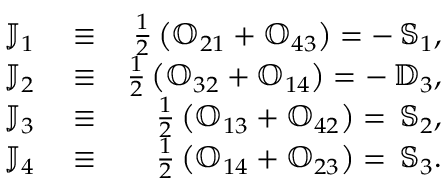
\begin{array} { r l r } { { \mathbb J } _ { 1 } } & { { } \equiv } & { \frac { 1 } { 2 } \left( { \mathbb O } _ { 2 1 } + { \mathbb O } _ { 4 3 } \right) = - \, { \mathbb S } _ { 1 } , } \\ { { \mathbb J } _ { 2 } } & { { } \equiv } & { \frac { 1 } { 2 } \left( { \mathbb O } _ { 3 2 } + { \mathbb O } _ { 1 4 } \right) = - \, { \mathbb D } _ { 3 } , } \\ { { \mathbb J } _ { 3 } } & { { } \equiv } & { \frac { 1 } { 2 } \left( { \mathbb O } _ { 1 3 } + { \mathbb O } _ { 4 2 } \right) = \, { \mathbb S } _ { 2 } , } \\ { { \mathbb J } _ { 4 } } & { { } \equiv } & { \frac { 1 } { 2 } \left( { \mathbb O } _ { 1 4 } + { \mathbb O } _ { 2 3 } \right) = \, { \mathbb S } _ { 3 } . } \end{array}